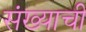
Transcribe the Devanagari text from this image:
संख्याची